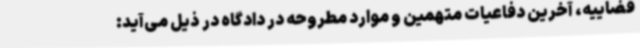
قضاییه، آخرین دفاعیات متهمین و موارد مطروحه در دادگاه در ذیل می‌آید: